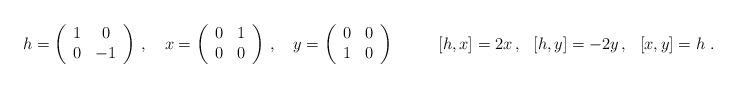
LaTeX: \begin{align*}h=\left(\begin{array}{cc} 1 & 0 \\ 0 & -1 \end{array}\right)\,,\ \ \ x=\left(\begin{array}{cc} 0 & 1 \\ 0 & 0 \end{array}\right)\,,\ \ \ y=\left(\begin{array}{cc} 0 & 0 \\ 1 & 0 \end{array}\right)\ \ \ \ \ \ \ \ [h,x]=2x\,,\ \ [h,y]=-2y\,,\ \ [x,y]=h\ .\end{align*}